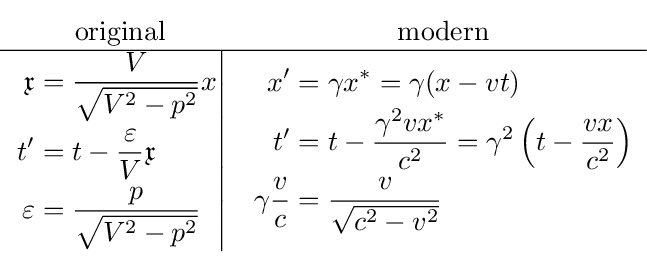
{\begin{matrix}{\text{original}}&{\text{modern}}\\\hline \left.{\begin{aligned}{\mathfrak {x}}&={\frac {V}{\sqrt {V^{2}-p^{2}}}}x\\t'&=t-{\frac {\varepsilon }{V}}{\mathfrak {x}}\\\varepsilon &={\frac {p}{\sqrt {V^{2}-p^{2}}}}\end{aligned}}\right|&{\begin{aligned}x^{\prime }&=\gamma x^{\ast }=\gamma (x-vt)\\t^{\prime }&=t-{\frac {\gamma ^{2}vx^{\ast }}{c^{2}}}=\gamma ^{2}\left(t-{\frac {vx}{c^{2}}}\right)\\\gamma {\frac {v}{c}}&={\frac {v}{\sqrt {c^{2}-v^{2}}}}\end{aligned}}\end{matrix}}